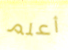
أعلم